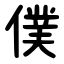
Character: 僕